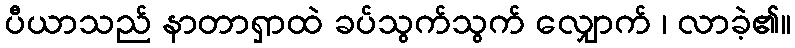
ပီယာသည် နာတာရှာထဲ ခပ်သွက်သွက် လျှောက် ၊ လာခဲ့၏။